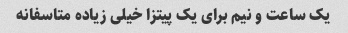
یک ساعت و نیم برای یک پیتزا خیلی زیاده متاسفانه